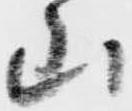
山